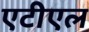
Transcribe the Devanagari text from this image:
एटीएल